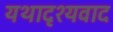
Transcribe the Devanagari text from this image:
यथादृश्यवाद